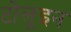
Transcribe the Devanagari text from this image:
टोलूइन